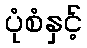
ပုံစံနှင့်